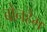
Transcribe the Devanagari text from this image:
बोनहैम